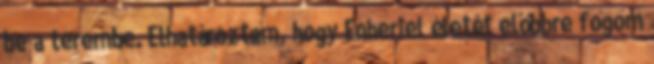
be a terembe. Elhatároztam, hogy Enheriel életét előbbre fogom